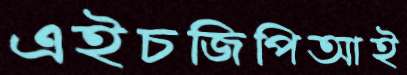
এইচজিপিআই